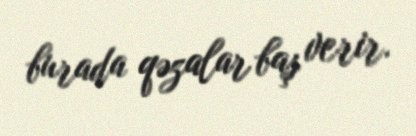
burada qəzalar baş verir.